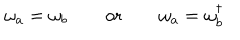
LaTeX: \omega _ { a } = \omega _ { b } \qquad \mathrm { o r } \qquad \omega _ { a } = \omega _ { b } ^ { \dagger }